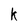
Character: k